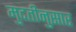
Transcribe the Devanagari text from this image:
मुदतीनुसार